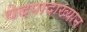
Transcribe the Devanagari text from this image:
वेदपादाख्यान